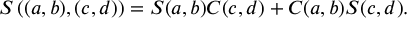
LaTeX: S \left( ( a , b ) , ( c , d ) \right) = S ( a , b ) C ( c , d ) + C ( a , b ) S ( c , d ) .